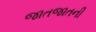
જાતજાતની